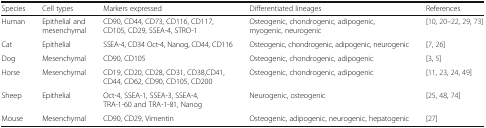
<table><thead><tr><td><b>Species</b></td><td><b>Cell types</b></td><td><b>Markers expressed</b></td><td><b>Differentiated lineages</b></td><td><b>References</b></td></tr></thead><tbody><tr><td>Human</td><td>Epithelial and mesenchymal</td><td>CD90, CD44, CD73, CD116, CD117, CD105, CD29, SSEA-4, STRO-1</td><td>Osteogenic, chondrogenic, adipogenic, myogenic, neurogenic</td><td>[10, 20–22, 29, 73]</td></tr><tr><td>Cat</td><td>Epithelial</td><td>SSEA-4, CD34 Oct-4, Nanog, CD44, CD116</td><td>Osteogenic, chondrogenic, adipogenic, neurogenic</td><td>[7, 26]</td></tr><tr><td>Dog</td><td>Mesenchymal</td><td>CD90, CD105</td><td>Osteogenic, chondrogenic, adipogenic</td><td>[3, 5]</td></tr><tr><td>Horse</td><td>Mesenchymal</td><td>CD19, CD20, CD28, CD31, CD38,CD41, CD44, CD62, CD90, CD105, CD200</td><td>Osteogenic, chondrogenic, adipogenic</td><td>[11, 23, 24, 49]</td></tr><tr><td>Sheep</td><td>Epithelial</td><td>Oct-4, SSEA-1, SSEA-3, SSEA-4, TRA-1-60 and TRA-1-81, Nanog</td><td>Neurogenic, osteogenic</td><td>[25, 48, 74]</td></tr><tr><td>Mouse</td><td>Mesenchymal</td><td>CD90, CD29, Vimentin</td><td>Osteogenic, adipogenic, neurogenic, hepatogenic</td><td>[27]</td></tr></tbody></table>